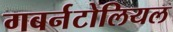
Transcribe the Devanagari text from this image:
गबर्नटोलियल